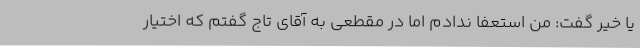
یا خیر گفت: من استعفا ندادم اما در مقطعی به آقای تاج گفتم که اختیار